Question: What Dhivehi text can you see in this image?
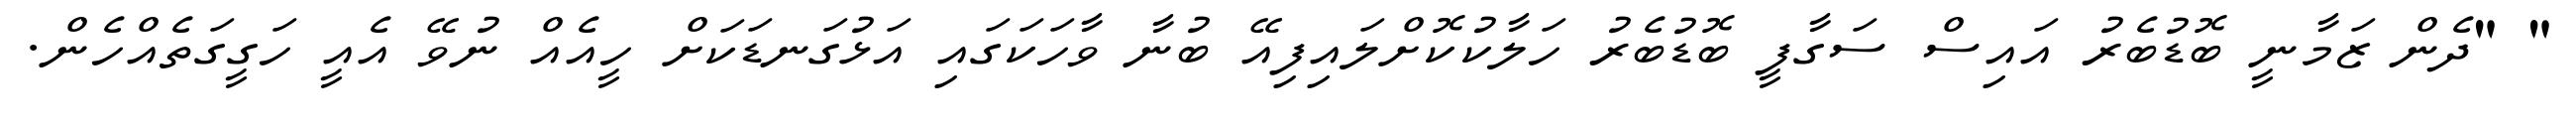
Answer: " "ދެން ޒަމާނީ ބޮޑުބެރު އައިސް ސަގާފީ ބޮޑުބެރު ހަލާކުކޮށްލައިފިއޭ ބުނާ ވާހަކަގައި އަޅުގަނޑަކަށް ހީއެއް ނުވޭ އެއީ ހަގީގަތެއްހެން.